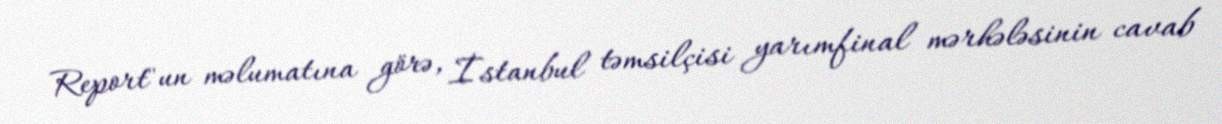
Report"un məlumatına görə, İstanbul təmsilçisi yarımfinal mərhələsinin cavab